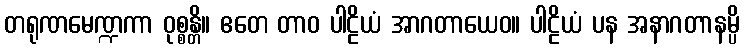
တရုဏမေဏ္ဍကာ ဝုစ္စန္တိ။ ဧတေ တာဝ ပါဠိယံ အာဂတာယေဝ။ ပါဠိယံ ပန အနာဂတာနမ္ပိ